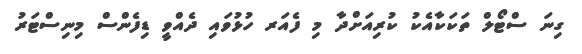
ގިނަ ސްޓޯލް ތަކަކާއެކު ކުރިއަށްދާ މި ފެއަރ ހުޅުވައި ދެއްވީ ޑިފެންސް މިނިސްޓަރު